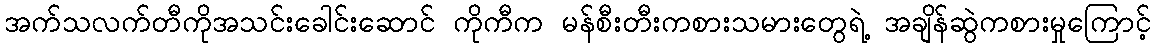
အက်သလက်တီကိုအသင်းခေါင်းဆောင် ကိုကီက မန်စီးတီးကစားသမားတွေရဲ့ အချိန်ဆွဲကစားမှုကြောင့်